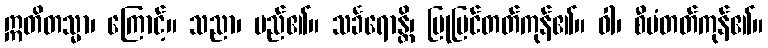
ဣတိတသ္မာ၊ ကြောင့်။ သညာ၊ မည်၏။ သင်္ခရောန္တိ၊ ပြုပြင်တတ်ကုန်၏။ ဝါ၊ စီမံတတ်ကုန်၏။